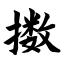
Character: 擞